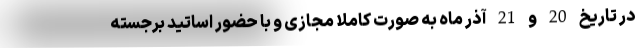
در تاریخ 20 و 21 آذر ماه به صورت کاملا مجازی و با حضور اساتید برجسته